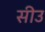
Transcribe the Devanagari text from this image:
सीउ